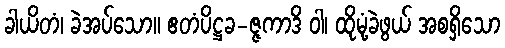
ခါယိတံ၊ ခဲအပ်သော။ ဧတံပိဋ္ဌခ-ဇ္ဇကာဒိ ဝါ၊ ထိုမုံ့ခဲဖွယ် အစရှိသော